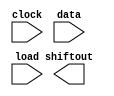
// megafunction wizard: %LPM_SHIFTREG%VBB%
// GENERATION: STANDARD
// VERSION: WM1.0
// MODULE: lpm_shiftreg 

// ============================================================
// Megafunction Name(s):
// 			lpm_shiftreg
//
// Simulation Library Files(s):
// 			lpm
// ============================================================
// ************************************************************
// THIS IS A WIZARD-GENERATED FILE. DO NOT EDIT THIS FILE!
//
// 9.0 Build 184 04/29/2009 SP 1 SJ Web Edition
// ************************************************************

//Copyright (C) 1991-2009 Altera Corporation
//Your use of Altera Corporation's design tools, logic functions 
//and other software and tools, and its AMPP partner logic 
//functions, and any output files from any of the foregoing 
//(including device programming or simulation files), and any 
//associated documentation or information are expressly subject 
//to the terms and conditions of the Altera Program License 
//Subscription Agreement, Altera MegaCore Function License 
//Agreement, or other applicable license agreement, including, 
//without limitation, that your use is for the sole purpose of 
//programming logic devices manufactured by Altera and sold by 
//Altera or its authorized distributors.  Please refer to the 
//applicable agreement for further details.

module lpm_shiftreg0 (
	clock,
	data,
	load,
	shiftout);

	input	  clock;
	input	[15:0]  data;
	input	  load;
	output	  shiftout;

endmodule

// ============================================================
// CNX file retrieval info
// ============================================================
// Retrieval info: PRIVATE: ACLR NUMERIC "0"
// Retrieval info: PRIVATE: ALOAD NUMERIC "0"
// Retrieval info: PRIVATE: ASET NUMERIC "0"
// Retrieval info: PRIVATE: ASET_ALL1 NUMERIC "1"
// Retrieval info: PRIVATE: CLK_EN NUMERIC "0"
// Retrieval info: PRIVATE: INTENDED_DEVICE_FAMILY STRING "FLEX10KE"
// Retrieval info: PRIVATE: LeftShift NUMERIC "1"
// Retrieval info: PRIVATE: ParallelDataInput NUMERIC "1"
// Retrieval info: PRIVATE: Q_OUT NUMERIC "0"
// Retrieval info: PRIVATE: SCLR NUMERIC "0"
// Retrieval info: PRIVATE: SLOAD NUMERIC "1"
// Retrieval info: PRIVATE: SSET NUMERIC "0"
// Retrieval info: PRIVATE: SSET_ALL1 NUMERIC "1"
// Retrieval info: PRIVATE: SYNTH_WRAPPER_GEN_POSTFIX STRING "0"
// Retrieval info: PRIVATE: SerialShiftInput NUMERIC "0"
// Retrieval info: PRIVATE: SerialShiftOutput NUMERIC "1"
// Retrieval info: PRIVATE: nBit NUMERIC "16"
// Retrieval info: CONSTANT: LPM_DIRECTION STRING "LEFT"
// Retrieval info: CONSTANT: LPM_TYPE STRING "LPM_SHIFTREG"
// Retrieval info: CONSTANT: LPM_WIDTH NUMERIC "16"
// Retrieval info: USED_PORT: clock 0 0 0 0 INPUT NODEFVAL clock
// Retrieval info: USED_PORT: data 0 0 16 0 INPUT NODEFVAL data[15..0]
// Retrieval info: USED_PORT: load 0 0 0 0 INPUT NODEFVAL load
// Retrieval info: USED_PORT: shiftout 0 0 0 0 OUTPUT NODEFVAL shiftout
// Retrieval info: CONNECT: @clock 0 0 0 0 clock 0 0 0 0
// Retrieval info: CONNECT: shiftout 0 0 0 0 @shiftout 0 0 0 0
// Retrieval info: CONNECT: @load 0 0 0 0 load 0 0 0 0
// Retrieval info: CONNECT: @data 0 0 16 0 data 0 0 16 0
// Retrieval info: LIBRARY: lpm lpm.lpm_components.all
// Retrieval info: GEN_FILE: TYPE_NORMAL lpm_shiftreg0.v TRUE
// Retrieval info: GEN_FILE: TYPE_NORMAL lpm_shiftreg0.inc FALSE
// Retrieval info: GEN_FILE: TYPE_NORMAL lpm_shiftreg0.cmp TRUE
// Retrieval info: GEN_FILE: TYPE_NORMAL lpm_shiftreg0.bsf TRUE FALSE
// Retrieval info: GEN_FILE: TYPE_NORMAL lpm_shiftreg0_inst.v FALSE
// Retrieval info: GEN_FILE: TYPE_NORMAL lpm_shiftreg0_bb.v TRUE
// Retrieval info: LIB_FILE: lpm